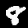
Digit: 8